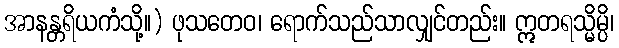
အာနန္တရိယကံသို့။) ဖုသတေဝ၊ ရောက်သည်သာလျှင်တည်း။ ဣတရသ္မိမ္ပိ၊